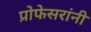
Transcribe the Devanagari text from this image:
प्रोफेसरांनी